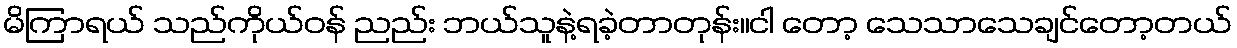
မိကြာရယ် သည်ကိုယ်ဝန် ညည်း ဘယ်သူနဲ့ရခဲ့တာတုန်း။ငါ တော့ သေသာသေချင်တော့တယ်